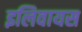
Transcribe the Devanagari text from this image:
इलिवायस